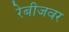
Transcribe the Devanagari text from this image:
रेबीजवर